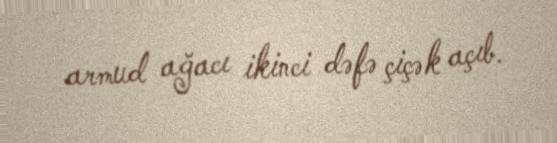
armud ağacı ikinci dəfə çiçək açıb.